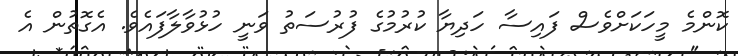
ކޮންމެ މީހަކަށްވެސް ފައިސާ ހަދިޔާ ކުރުމުގެ ފުރުސަތު ވަނީ ހުޅުވާާލާފައެވެ. އެގޮތުން އެ